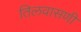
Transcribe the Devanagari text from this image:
तिलवासणी